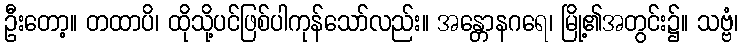
ဦးတော့။ တထာပိ၊ ထိုသို့ပင်ဖြစ်ပါကုန်သော်လည်း။ အန္တောနဂရေ၊ မြို့၏အတွင်း၌။ သဗ္ဗံ၊